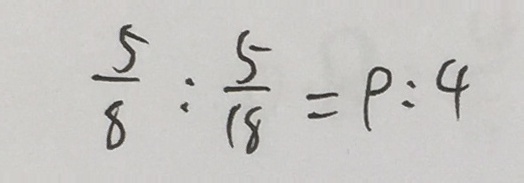
\frac { 5 } { 8 } : \frac { 5 } { 1 8 } = 9 : 4